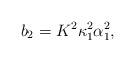
LaTeX: \begin{align*}b_{2}=K^{2}\kappa_{1}^{2}\mathcal{\alpha}_{1}^{2},\end{align*}